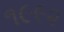
૧૯૯૨